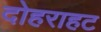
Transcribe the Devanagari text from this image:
दोहराहट